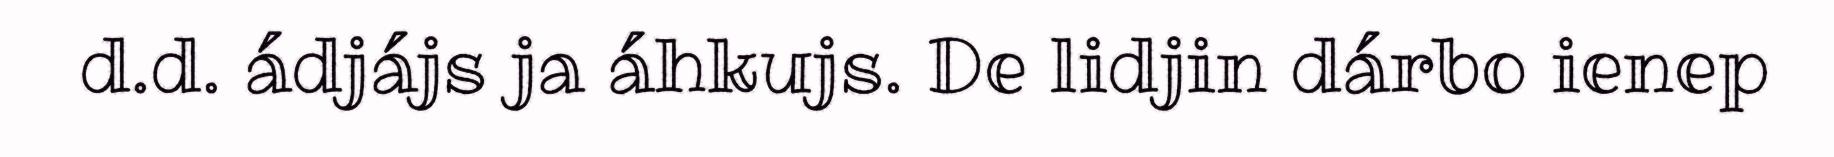
d.d. ádjájs ja áhkujs. De lidjin dárbo ienep